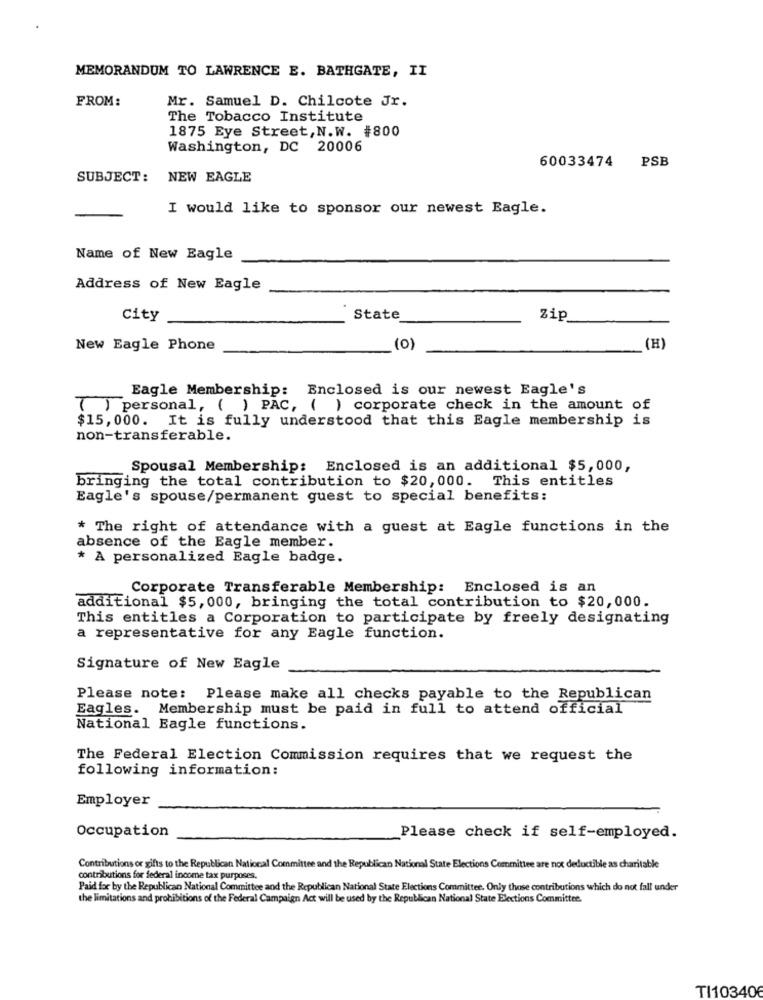
MEMORANDUM TO LAWRENCE E. BATHGATE, II
FROM:
Mr. Samuel D. Chilcote Jr.
The Tobacco Institute
1875 Eye Street, N.W. #800
Washington, DC 20006
60033474
PSB
SUBJECT: NEW EAGLE
I would like to sponsor our newest Eagle.
Name of New Eagle
Address of New Eagle
city
State
Zip
New Eagle Phone
(0)
(H)
Eagle Membership: Enclosed is our newest Eagle's
( ) personal, ( ) PAC, ( ) corporate check in the amount of
$15,000. It is fully understood that this Eagle membership is
non-transferable.
Spousal Membership: Enclosed is an additional $5,000,
bringing the total contribution to $20, 000. This entitles
Eagle's spouse/permanent guest to special benefits:
* The right of attendance with a guest at Eagle functions in the
absence of the Eagle member.
* A personalized Eagle badge.
Corporate Transferable Membership: Enclosed is an
additional $5, 000, bringing the total contribution to $20,000.
This entitles a Corporation to participate by freely designating
a representative for any Eagle function.
Signature of New Eagle
Please note: Please make all checks payable to the Republican
Eagles. Membership must be paid in full to attend official
National Eagle functions.
The Federal Election Commission requires that we request the
following information:
Employer
Occupation
Please check if self-employed.
Contributions or gifts to the Republican National Committee and the Republican National State Elections Committee are not deductible as charitable
contributions for federal income tax purposes.
Paid for by the Republican National Committee and the Republican National State Elections Committee. Only those contributions which do not fall under
the limitations and prohibitions of the Federal Campaign Act will be used by the Republican National State Elections Committee.
TI10340